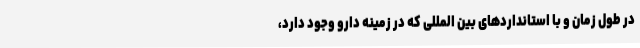
در طول زمان و با استانداردهای بین‌ المللی که در زمینه دارو وجود دارد،